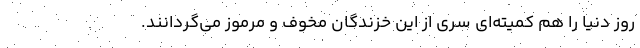
روز دنیا را هم کمیته‌ای سری از این خزندگان مخوف و مرموز می‌گردانند.